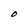
Character: O